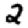
Digit: 2